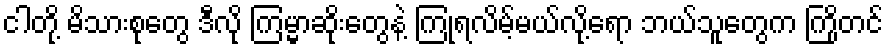
ငါတို့ မိသားစုတွေ ဒီလို ကြမ္မာဆိုးတွေနဲ့ ကြုံရလိမ့်မယ်လို့ရော ဘယ်သူတွေက ကြိုတင်